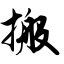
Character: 搬